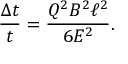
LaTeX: \frac { \Delta t } { t } = \frac { Q ^ { 2 } B ^ { 2 } \ell ^ { 2 } } { 6 E ^ { 2 } } .